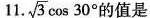
11.\sqrt{3}\cos30°的值是